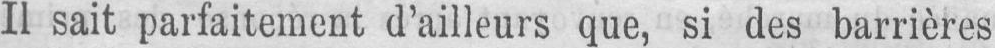
Il sait parfaitement d’ailleurs que, si des barrières